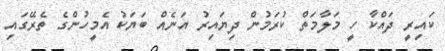
ކައިރީ ދައްކާ ހީ މަލާމަތް ކުރަމުން ދިޔައިރު އަނެއް ބަޔަކު އެމީހުންގެ ތެރޭގައި